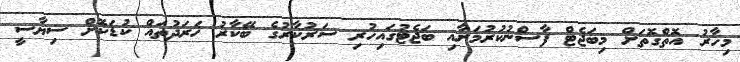
މިހާރު އޮތްގޮތަށް މިބަޖެޓް ފާސްނުކުރުމަށާއި ބަޖެޓުގައިހުރި ސަރުކާރުގެ ބޭކާރު ޚަރަދުތައް ކުޑަކޮށް ސިޔާސީ